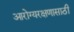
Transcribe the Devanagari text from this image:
आरोग्यरक्षणासाठी